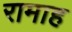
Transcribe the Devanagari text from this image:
रामाह